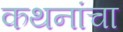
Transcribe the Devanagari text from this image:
कथनांचा